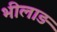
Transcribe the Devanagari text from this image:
भीलाड़